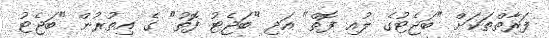
ފަރާތްތަކަށް "ބަޖެޓުގެ ލުއި ފޮތް" އަދި "ބަޖެޓު ފޮތު" ގެ އިތުރުން "ބަޖެޓު